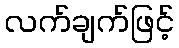
လက်ချက်ဖြင့်